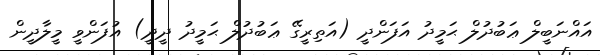
އައްނަބީލް ޢަބުދުލް ޙަމީދު އަފަންދީ (އަތިރީގޭ ޢަބުދުލް ޙަމީދު ދީދީ) އުފަންވީ މީލާދީން